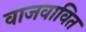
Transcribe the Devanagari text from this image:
वाजवावित